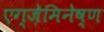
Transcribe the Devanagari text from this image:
एग्ज़ेमिनेष्ण